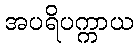
အပရိပက္ကာယ